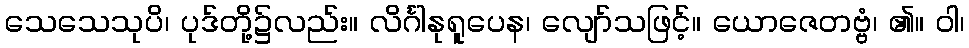
သေသေသုပိ၊ ပုဒ်တို့၌လည်း။ လိင်္ဂါနုရူပေန၊ လျော်သဖြင့်။ ယောဇေတဗ္ဗံ၊ ၏။ ဝါ၊